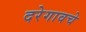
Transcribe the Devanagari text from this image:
दरेगावचे